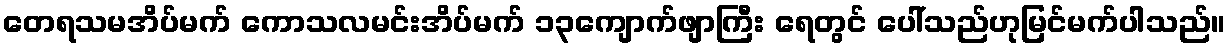
တေရသမအိပ်မက် ကောသလမင်းအိပ်မက် ၁၃ကျောက်ဖျာကြီး ရေတွင် ပေါ်သည်ဟုမြင်မက်ပါသည်။